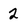
Character: 2